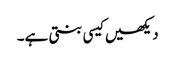
دیکھیں کیسی بنتی ہے۔